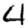
Digit: 4